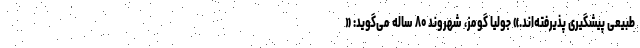
طبیعی پیشگیری پذیرفته‌اند.» جولیا گومز، شهروند ۸۰ ساله می‌گوید: «